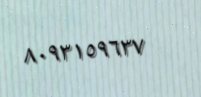
٨٠٩٣١٥٩٦٣٧